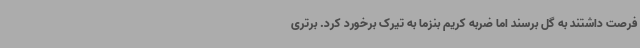
فرصت داشتند به گل برسند اما ضربه کریم بنزما به تیرک برخورد کرد. برتری